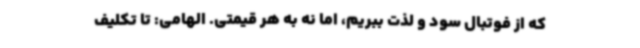
که از فوتبال سود و لذت ببریم، اما نه به هر قیمتی. الهامی: تا تکلیف